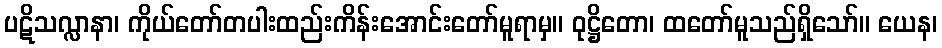
ပဋိသလ္လာနာ၊ ကိုယ်တော်တပါးထည်းကိန်းအောင်းတော်မူရာမှ။ ဝုဋ္ဌိတော၊ ထတော်မူသည်ရှိသော်။ ယေန၊